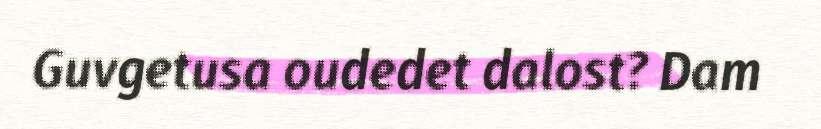
Guvgetusa oudedet dalost? Dam